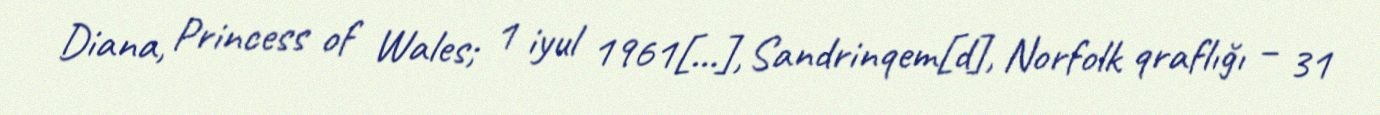
Diana, Princess of Wales; 1 iyul 1961[…], Sandrinqem[d], Norfolk qraflığı – 31